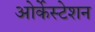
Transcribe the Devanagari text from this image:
ओर्केस्टेशन